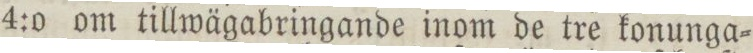
4:o om tillwägabringande inom de tre konunga